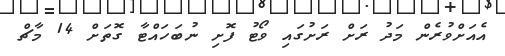
އެއަށްވުރެން މަދު ރަށް ރަށުގައި ވޯޓު ފޮށި ނުބަހައްޓާ ގޮތަށް 14 މާޗް